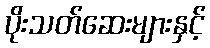
ပိုးသတ်ဆေးများနှင့်